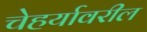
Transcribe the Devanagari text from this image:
चेहर्यावरील